Lunatic asylums in Bengal annual reports 1912-1924 - 1912-1924
Year: 1912
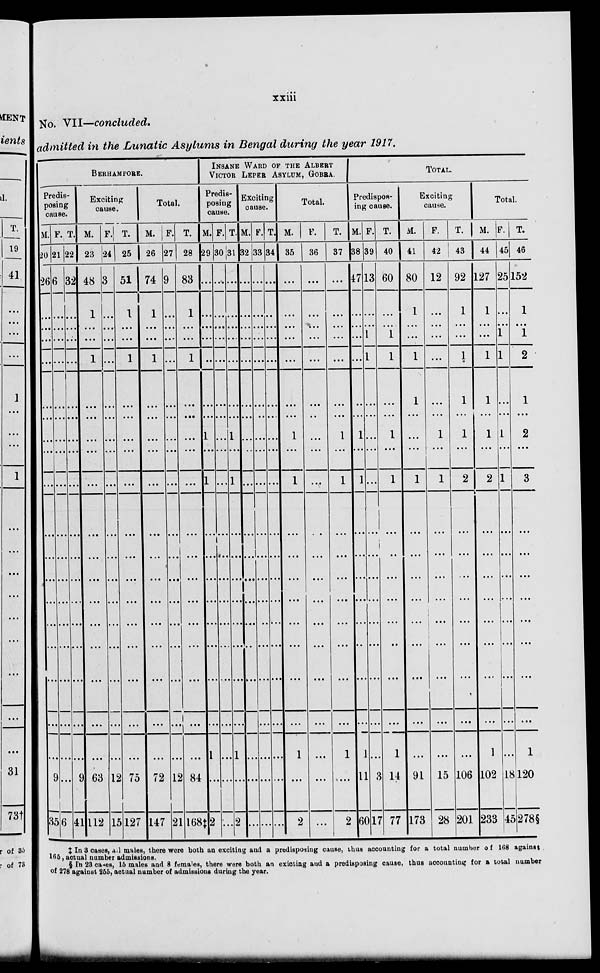
xxiii
No. VII—concluded.
admitted in the Lunatic Asylums in Bengal during the year 1917.
BERHAMPORE.
Predis-
posing
cause.
M.
20
26
...
...
...
...
...
...
...
...
...
...
...
...
...
...
...
...
...
...
9
35
F.
21
6
...
...
...
...
...
...
...
...
...
...
...
...
...
...
...
...
...
...
...
6
T.
22
32
...
...
...
...
...
...
...
...
...
...
...
...
...
...
...
...
...
...
9
41
Exciting
cause.
M.
23
48
1
...
...
1
...
...
...
...
...
...
...
...
...
...
...
...
...
...
63
112
F.
24
3
...
...
...
...
...
...
...
...
...
...
...
...
...
...
...
...
...
...
12
15
T.
25
51
1
...
...
1
...
...
...
...
...
...
...
...
...
...
...
...
...
...
75
127
Total.
M.
26
74
1
...
...
1
...
...
...
...
...
...
...
...
...
...
...
...
...
...
72
147
F.
27
9
...
...
...
...
...
...
...
...
...
...
...
...
...
...
...
...
...
...
12
21
T.
28
83
1
...
...
1
...
...
...
...
...
...
...
...
...
...
...
...
...
...
84
168‡
INSANE WARD OF THE ALBERT
VICTOR LEPER ASYLUM, GOBRA.
Predis-
posing
cause.
M.
29
...
...
...
...
...
...
...
1
...
1
...
...
...
...
...
...
...
...
1
...
2
F.
30
...
...
...
...
...
...
...
...
...
...
...
...
...
...
...
...
...
...
...
...
...
T.
31
...
...
...
...
...
...
...
1
...
1
...
...
...
...
...
...
...
...
1
...
2
Exciting
cause.
M.
32
...
...
...
...
...
...
....
...
...
...
...
...
...
...
...
...
...
...
...
...
...
F.
33
...
...
...
...
...
...
...
...
...
...
...
...
...
...
...
...
...
...
...
...
...
T.
34
...
...
...
...
...
...
...
...
...
...
...
...
...
...
...
...
...
...
...
...
...
Total.
M.
35
...
...
...
...
...
...
...
1
...
1
...
...
...
...
...
...
...
...
1
...
2
F.
36
...
...
...
...
...
...
...
...
...
...
...
...
...
...
...
...
...
...
...
...
...
T.
37
...
...
...
...
...
...
...
1
...
1
...
...
...
...
...
...
...
...
1
...
2
TOTAL.
Predispos-
ing cause.
M.
38
47
...
...
...
...
...
...
1
...
1
...
...
...
...
...
...
...
...
1
11
60
F.
39
13
...
...
1
1
...
...
...
...
...
...
...
...
...
...
...
...
...
...
3
17
T.
40
60
...
...
1
1
...
...
1
...
1
...
...
...
...
...
...
...
...
1
14
77
Exciting
cause.
M.
41
80
1
...
...
1
1
...
...
...
1
...
...
...
...
...
...
...
...
...
91
173
F.
42
12
...
...
...
...
...
...
1
...
1
...
...
...
...
...
...
...
...
...
15
28
T.
43
92
1
...
...
1
1
...
1
...
2
...
...
...
...
...
...
...
...
...
106
201
Total.
M.
44
127
1
...
...
1
1
...
1
...
2
...
...
...
...
...
...
...
...
1
102
233
F.
45
25
...
...
1
1
...
...
1
...
1
...
...
...
...
...
...
...
...
...
18
45
T.
46
152
1
...
1
2
1
...
2
...
3
...
...
...
...
...
...
...
...
1
120
278§
‡ In 3 cases, al1 males, there were both an exciting and a predisposing cause, thus accounting for a total number of 168 against
165, actual number admissions.
§ In 28 cases, 15 males and 8 females, there were both an exicting and a predisposing cause, thus accounting for a total number
of 278 against 255, actual number of admissions during the year.